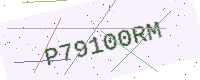
Text: P79100RM